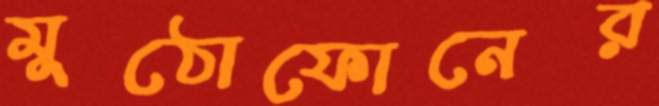
মুঠোফোনের